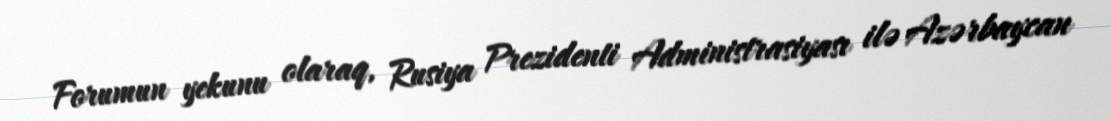
Forumun yekunu olaraq, Rusiya Prezidenti Administrasiyası ilə Azərbaycan